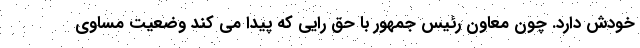
خودش دارد. چون معاون رئیس جمهور با حق رایی که پیدا می کند وضعیت مساوی